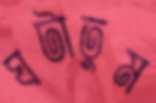
ঘটাতুম